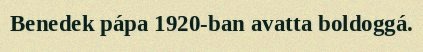
Benedek pápa 1920-ban avatta boldoggá.